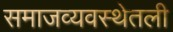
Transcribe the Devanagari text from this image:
समाजव्यवस्थेतली